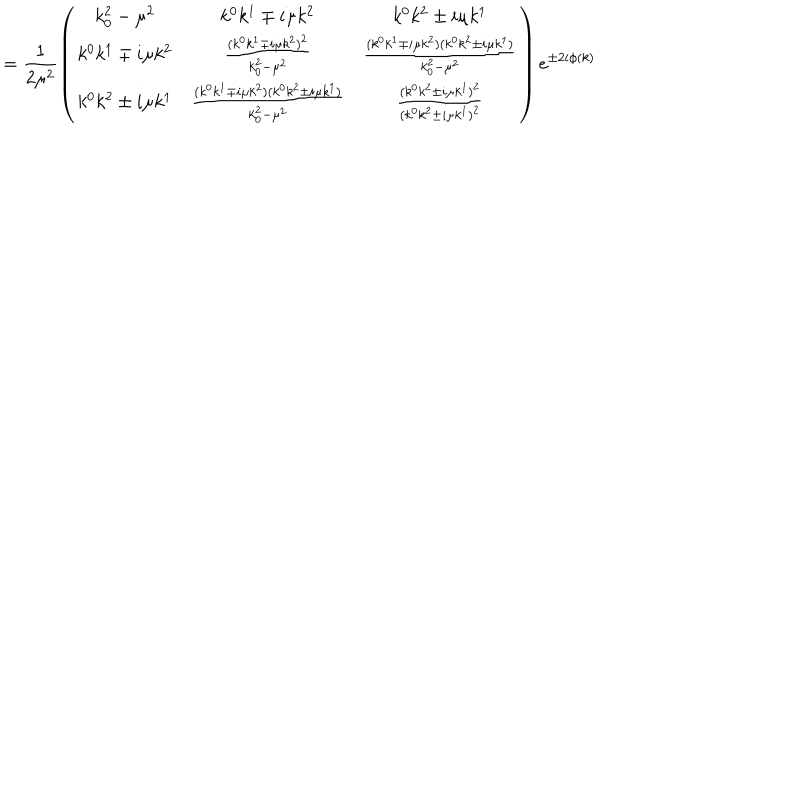
= \frac { 1 } { 2 \mu ^ { 2 } } \left( \begin{array} { c c c } { { k _ { 0 } ^ { 2 } - \mu ^ { 2 } } } & { { k ^ { 0 } k ^ { 1 } \mp i \mu k ^ { 2 } } } & { { k ^ { 0 } k ^ { 2 } \pm i \mu k ^ { 1 } } } \\ { { k ^ { 0 } k ^ { 1 } \mp i \mu k ^ { 2 } } } & { { \frac { ( k ^ { 0 } k ^ { 1 } \mp i \mu k ^ { 2 } ) ^ { 2 } } { k _ { 0 } ^ { 2 } - \mu ^ { 2 } } } } & { { \frac { ( k ^ { 0 } k ^ { 1 } \mp i \mu k ^ { 2 } ) ( k ^ { 0 } k ^ { 2 } \pm i \mu k ^ { 1 } ) } { k _ { 0 } ^ { 2 } - \mu ^ { 2 } } } } \\ { { k ^ { 0 } k ^ { 2 } \pm i \mu k ^ { 1 } } } & { { \frac { ( k ^ { 0 } k ^ { 1 } \mp i \mu k ^ { 2 } ) ( k ^ { 0 } k ^ { 2 } \pm i \mu k ^ { 1 } ) } { k _ { 0 } ^ { 2 } - \mu ^ { 2 } } } } & { { \frac { ( k ^ { 0 } k ^ { 2 } \pm i \mu k ^ { 1 } ) ^ { 2 } } { ( k ^ { 0 } k ^ { 2 } \pm i \mu k ^ { 1 } ) ^ { 2 } } } } \\ \end{array} \right) e ^ { \pm 2 i \phi ( k ) }